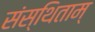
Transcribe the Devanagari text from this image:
संस्थिताम्‌